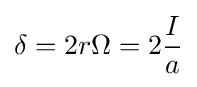
\delta =2r\Omega =2{\frac {I}{a}}